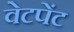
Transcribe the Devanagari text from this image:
वेटपेंट